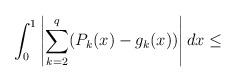
LaTeX: \begin{align*}\int_0^1\left|\sum_{k=2}^q(P_k(x)-g_k(x))\right|dx\leq\end{align*}